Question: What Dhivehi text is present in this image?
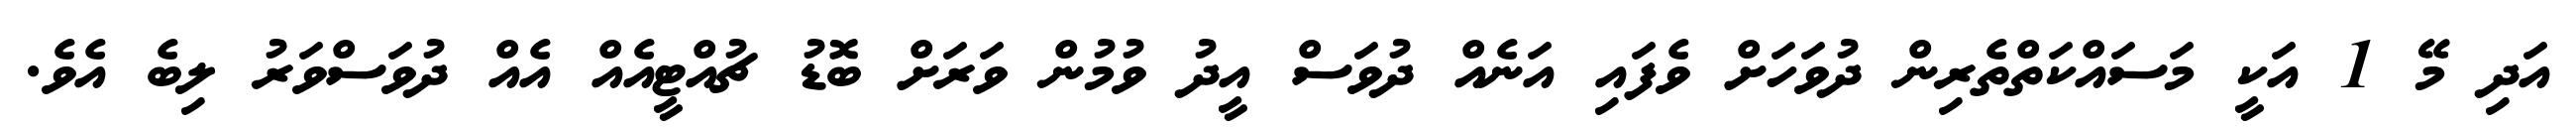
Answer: އަދި މޭ 1 އަކީ މަސައްކަތްތެރިން ދުވަހަށް ވެފައި އަނެއް ދުވަސް އީދު ވުމުން ވަރަށް ބޮޑު ޗުއްޓީއެއް އެއް ދުވަސްވަރު ލިބެ އެވެ.